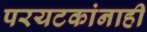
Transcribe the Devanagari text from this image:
परयटकांनाही